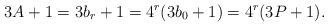
\begin{align*} 3A+1 &= 3b_r + 1 = 4^r(3b_0 + 1) = 4^r(3P + 1). \end{align*}